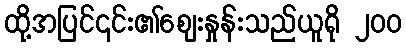
ထို့အပြင်၎င်း၏ဈေးနှုန်းသည်ယူရို ၂၀၀